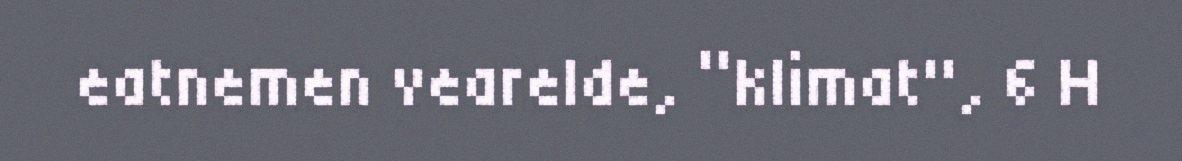
eatnemen vearelde, “klimat", 6 H